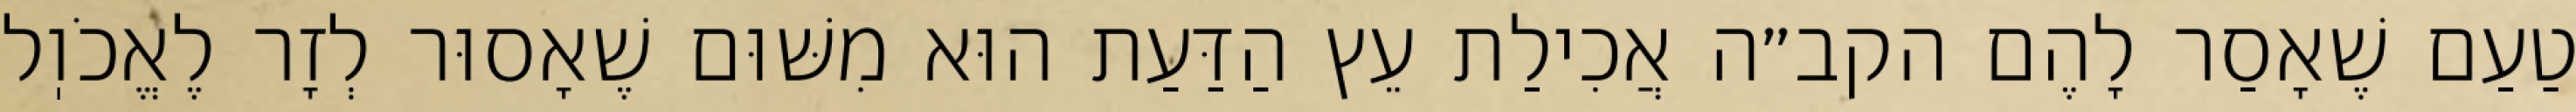
טַעַם שֶׁאָסַר לָהֶם הקב״ה אֲכִילַת עֵץ הַדַּעַת הוּא מִשּׁוּם שֶׁאָסוּר לְזָר לֶאֱכֹוֽל